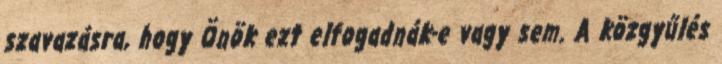
szavazásra, hogy Önök ezt elfogadnák-e vagy sem. A közgyűlés